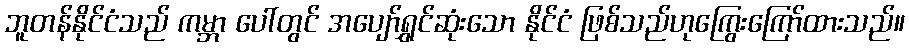
ဘူတန်နိုင်ငံသည် ကမ္ဘာ ပေါ်တွင် အပျော်ရွှင်ဆုံးသော နိုင်ငံ ဖြစ်သည်ဟုကြွေးကြော်ထားသည်။